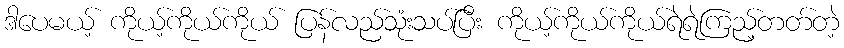
ဒါပေမယ့် ကိုယ့်ကိုယ်ကိုယ် ပြန်လည်သုံးသပ်ပြီး ကိုယ့်ကိုယ်ကိုယ်ရဲရဲကြည့်တတ်တဲ့